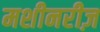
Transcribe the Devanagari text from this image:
मशीनरीज़